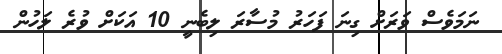
ނަމަވެސް ވަރަށް ގިނަ ފަހަރު މުސާރަ ލިބެނީ 10 އަކަށް ވުރެ ލަހުން